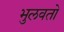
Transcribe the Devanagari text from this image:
भुलवतो